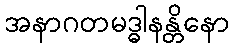
အနာဂတမဒ္ဓါနန္တိနော